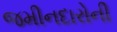
જમીનદારોની